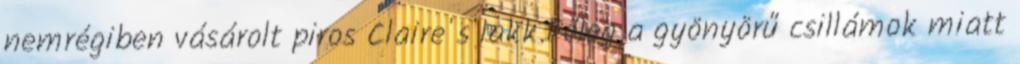
nemrégiben vásárolt piros Claire's lakk.Főleg a gyönyörű csillámok miatt